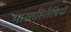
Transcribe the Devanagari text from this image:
भारतहितैषियों